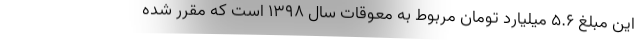
این مبلغ ۵.۶ میلیارد تومان مربوط به معوقات سال ۱۳۹۸ است که مقرر شده